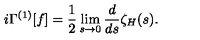
i \Gamma ^ { ( 1 ) } [ f ] = { \frac { 1 } { 2 } } \lim _ { s \to 0 } { \frac { d } { d s } } \zeta _ { H } ( s ) .